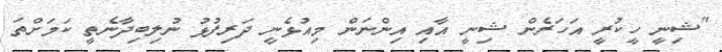
"ޝިނީ ހީކުރީ އަހަރެން ޝިނީ އާއި އިންނަން މިއުޅެނީ ދަރިފުޅު ނުލިބިދާނެތީ ކަމަށްތަ